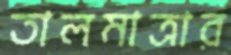
তালমাত্রার